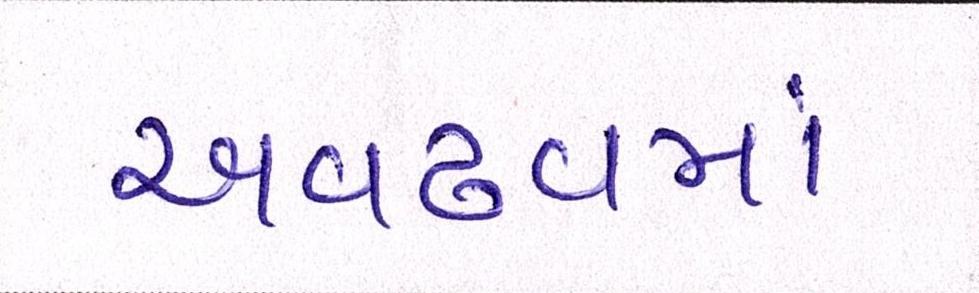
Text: અવઢવમાં